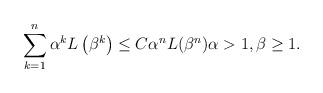
LaTeX: \begin{align*}\sum_{k=1}^n \alpha^kL\left(\beta^k\right)\le C\alpha^nL(\beta^n)\alpha>1,\beta\ge 1.\end{align*}